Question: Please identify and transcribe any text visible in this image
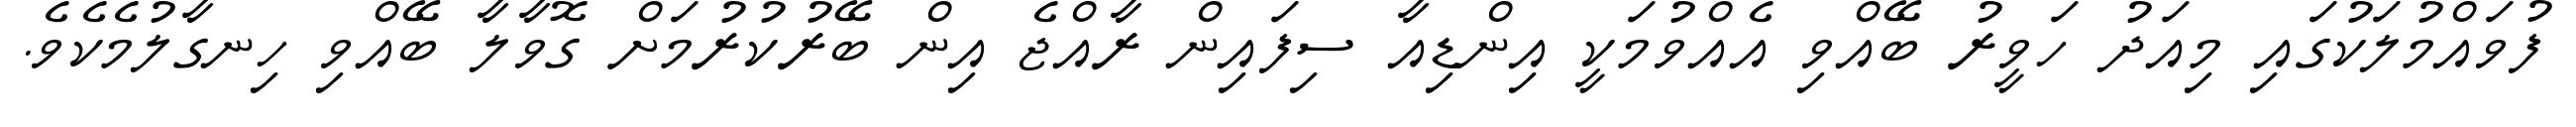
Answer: ފުވައްމުލަކުގައި މިއަދު ހަވީރު ބޭއްވި އެއްވުމަކީ އިންޑިއާ ސިފައިން ރާއްޖެ އިން ބޭރުކުރުމަށް ގޮވާލާ ބޭއްވި ހިނގާލުމެކެވެ.